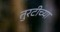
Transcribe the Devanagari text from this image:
तुरटीच्या